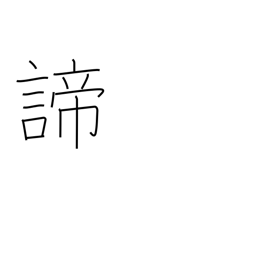
Meaning: truth